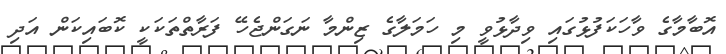
އޮބާމާގެ ވާހަކަފުޅުގައި ވިދާޅުވީ މި ހަމަލާގެ ޒިންމާ ނަގަންޖެހޭ ފަރާތްތަކަކީ ކޮބައިކަން އަދި